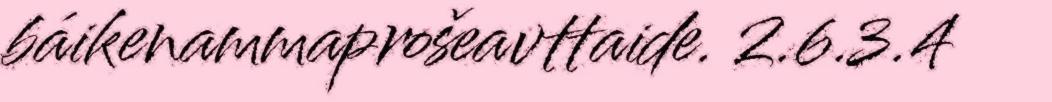
báikenammaprošeavttaide. 2.6.3.4